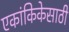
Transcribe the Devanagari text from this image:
एकांकिकेसाठी